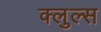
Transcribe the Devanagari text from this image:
क्लुल्स